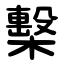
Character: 檕